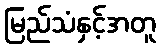
မြည်သံနှင့်အတူ